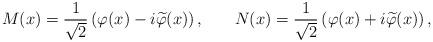
LaTeX: \begin{align*}M(x)=\frac 1{\sqrt{2}}\left( \varphi (x)-i\widetilde{\varphi}(x)\right) , \hspace{0.3in}N(x)=\frac 1{\sqrt{2}}\left(\varphi(x)+i\widetilde{\varphi}(x)\right) ,\end{align*}